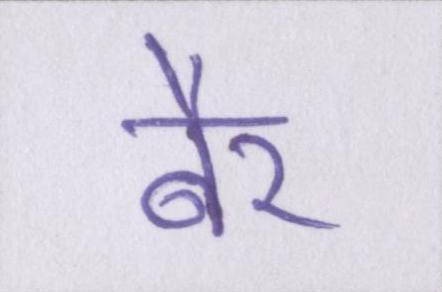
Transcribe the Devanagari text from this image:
बैर